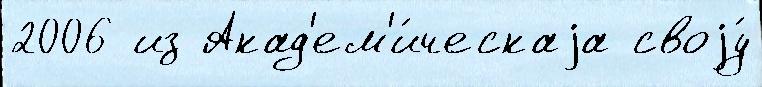
2006 из Акад'ем'и́ческаjа своjу́